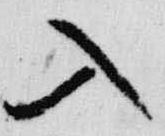
入